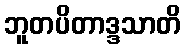
ဘူတပိတာဒ္ဒသာတိ